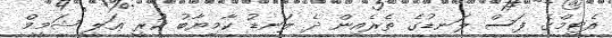
އެޓީމްގެ ފަސް ލަނޑުގެ ތެރެއިން ދެ ލަނޑު ކާމިޔާބު ކުރީ ޢަލީ ޝަމީމް